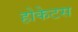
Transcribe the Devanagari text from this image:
होकेटस